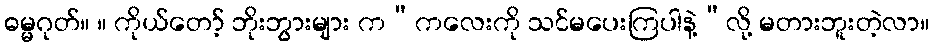
ဓမ္မဂုတ်။ ။ ကိုယ်တော့် ဘိုးဘွားများ က“ကလေးကို သင်မပေးကြပါနဲ့”လို့ မတားဘူးတဲ့လာ။